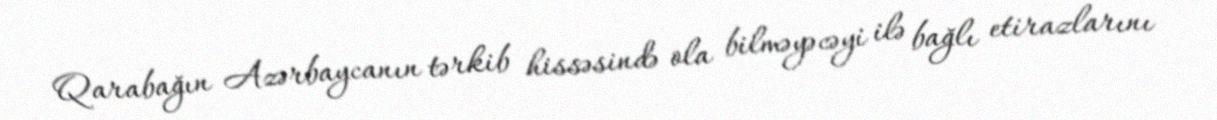
Qarabağın Azərbaycanın tərkib hissəsində ola bilməyəcəyi ilə bağlı etirazlarını